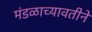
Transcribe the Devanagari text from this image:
मंडळाच्यावतीने